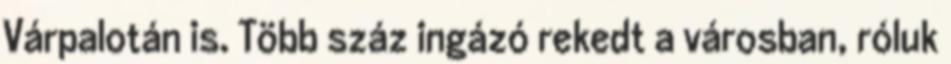
Várpalotán is. Több száz ingázó rekedt a városban, róluk